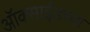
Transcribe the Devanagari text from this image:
ऑक्‍साईडच्या